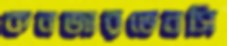
কনজারভেনসি